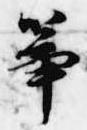
箏